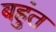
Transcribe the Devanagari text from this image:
बहुंत